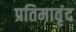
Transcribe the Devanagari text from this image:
प्रतिमावृंद